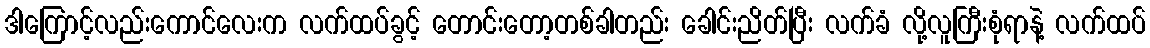
ဒါကြောင့်လည်းကောင်လေးက လက်ထပ်ခွင့် တောင်းတော့တစ်ခါတည်း ခေါင်းညိတ်ပြီး လက်ခံ လို့လူကြီးစုံရာနဲ့ လက်ထပ်